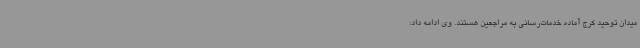
میدان توحید کرج آماده خدمات‌رسانی به مراجعین هستند. وی ادامه داد: